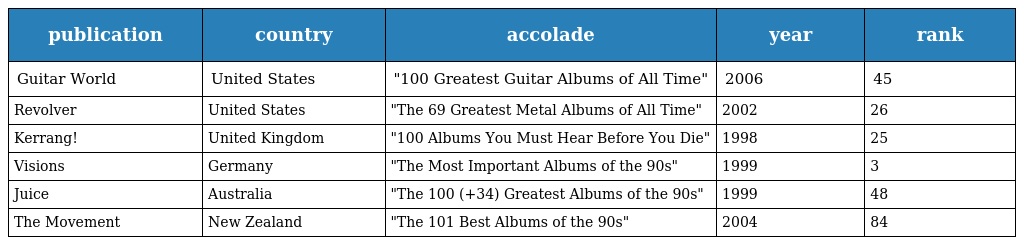
| publication | country | accolade | year | rank |
 | --- | --- | --- | --- | --- |
 | Guitar World | United States | "100 Greatest Guitar Albums of All Time" | 2006 | 45 |
 | Revolver | United States | "The 69 Greatest Metal Albums of All Time" | 2002 | 26 |
 | Kerrang! | United Kingdom | "100 Albums You Must Hear Before You Die" | 1998 | 25 |
 | Visions | Germany | "The Most Important Albums of the 90s" | 1999 | 3 |
 | Juice | Australia | "The 100 (+34) Greatest Albums of the 90s" | 1999 | 48 |
 | The Movement | New Zealand | "The 101 Best Albums of the 90s" | 2004 | 84 |